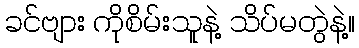
ခင်ဗျား ကိုစိမ်းသူနဲ့ သိပ်မတွဲနဲ့။